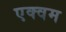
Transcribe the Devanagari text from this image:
एक्वम